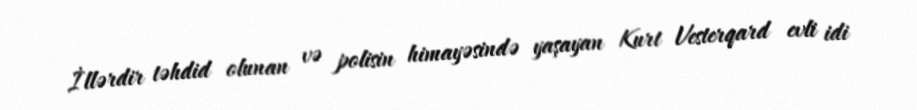
İllərdir təhdid olunan və polisin himayəsində yaşayan Kurt Vesterqard evli idi